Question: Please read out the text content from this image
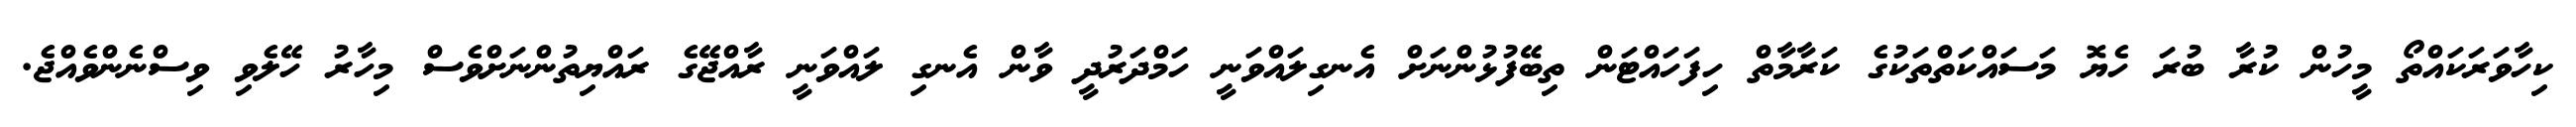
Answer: ކިހާވަރަކައްތޯ މީހުން ކުރާ ބުރަ ހެޔޮ މަސައްކަތްތަކުގެ ކަރާމާތް ހިފަހައްޓަން ތިބޭފުޅުންނަށް އެނގިލައްވަނީ ހަމްދަރުދީ ވާން އެނގި ލައްވަނީ ރާއްޖޭގެ ރައްޔިތުންނަށްވެސް މިހާރު ހޭލެވި ވިސްނެންވެއްޖެ.